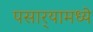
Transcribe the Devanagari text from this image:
पसार्‍यामध्ये